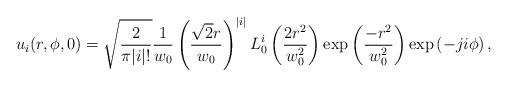
LaTeX: \begin{align*}u_i(r,\phi,0)=\sqrt{\frac{2}{\pi|i|!}}\frac{1}{w_0}\left(\frac{\sqrt{2}r}{w_0}\right)^{|i|}L^i_0\left(\frac{2r^2}{w_0^2}\right)\mathrm{exp}\left(\frac{-r^2}{w_0^2}\right)\mathrm{exp}\left(-ji\phi\right),\end{align*}